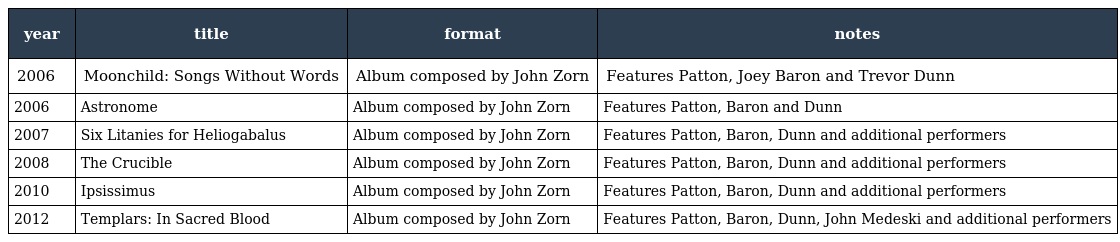
| year | title | format | notes |
 | --- | --- | --- | --- |
 | 2006 | Moonchild: Songs Without Words | Album composed by John Zorn | Features Patton, Joey Baron and Trevor Dunn |
 | 2006 | Astronome | Album composed by John Zorn | Features Patton, Baron and Dunn |
 | 2007 | Six Litanies for Heliogabalus | Album composed by John Zorn | Features Patton, Baron, Dunn and additional performers |
 | 2008 | The Crucible | Album composed by John Zorn | Features Patton, Baron, Dunn and additional performers |
 | 2010 | Ipsissimus | Album composed by John Zorn | Features Patton, Baron, Dunn and additional performers |
 | 2012 | Templars: In Sacred Blood | Album composed by John Zorn | Features Patton, Baron, Dunn, John Medeski and additional performers |